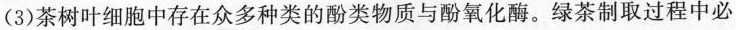
(3)茶树叶细胞中存在众多种类的酚类物质与酚氧化酶。绿茶制取过程中必